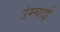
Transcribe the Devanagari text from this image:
उंम्चाई